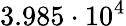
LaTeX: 3.985\cdot 10^{4}